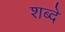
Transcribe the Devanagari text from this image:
शब्दे